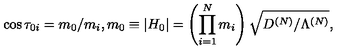
\cos \tau _ { 0 i } = m _ { 0 } / m _ { i } , m _ { 0 } \equiv | H _ { 0 } | = \left( \prod _ { i = 1 } ^ { N } m _ { i } \right) \sqrt { D ^ { ( N ) } / \Lambda ^ { ( N ) } } ,